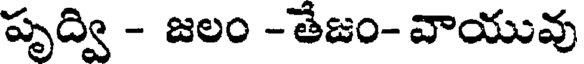
పృద్వి - జలం -తేజం- వాయువు